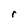
Character: r